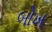
બોખ